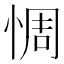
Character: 惆